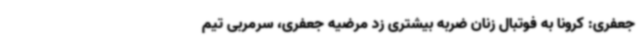
جعفری: کرونا به فوتبال زنان ضربه بیشتری زد مرضیه جعفری، سرمربی تیم